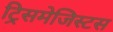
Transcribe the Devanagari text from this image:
ट्रिसमेजिस्टस